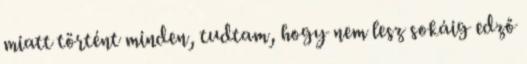
miatt történt minden, tudtam, hogy nem lesz sokáig edző